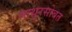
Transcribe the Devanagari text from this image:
माथुरसोबत